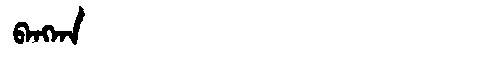
Manchu: ᠪᠠᠩᡴᠠ
Romanization: BANGKA